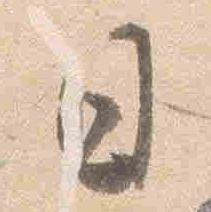
日